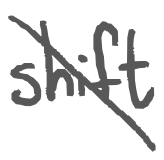
Text: shift
Cross-out: diagonal
Writing tool: digital_gray